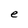
Character: e